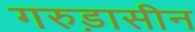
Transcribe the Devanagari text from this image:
गरुड़ासीन